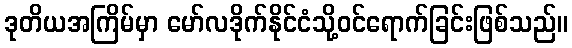
ဒုတိယအကြိမ်မှာ မော်လဒိုက်နိုင်ငံသို့ဝင်ရောက်ခြင်းဖြစ်သည်။